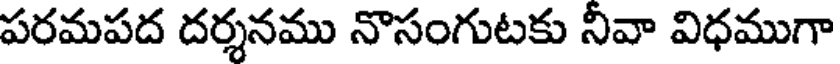
పరమపద దర్శనము నొసంగుటకు నీవా విధముగా